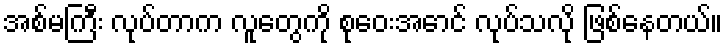
အစ်မကြီး လုပ်တာက လူတွေကို စုဝေးအောင် လုပ်သလို ဖြစ်နေတယ်။